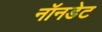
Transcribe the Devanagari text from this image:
नॉनडेट